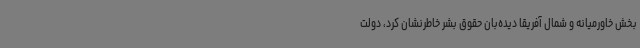
بخش خاورمیانه و شمال آفریقا دیده‌بان حقوق بشر خاطرنشان کرد، دولت